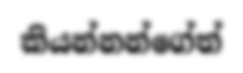
කියන්නන්ගේත්